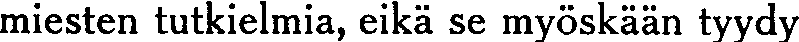
miesten tutkielmia, eikä se myöskään tyydy